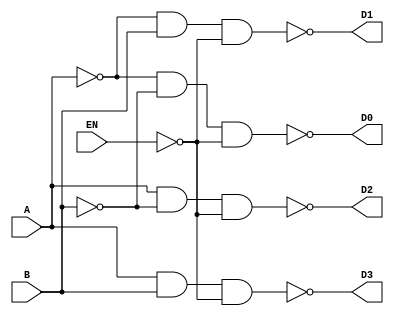
module  Active_Low_2_to_4_converter(A,B,EN,D0,D1,D2,D3); //defines module

	input wire A; //defines an input A
	input wire B; //defines an input B
	input wire EN; //defines an input Enable, "EN"
	
	output wire D0; //defines an output wire D0
	output wire D1; //defines an output wire D1
	output wire D2; //defines an output wire D2
	output wire D3; //defines an output wire D3
	
	assign D0 = ~(~A & ~B & ~EN); //assigns logical expression to D0
	assign D1 = ~(~A & B & ~EN); //assigns logical expression to D1
	assign D2 = ~(A & ~B & ~EN); //assigns logical expression to D2
	assign D3 = ~(A & B & ~EN); //assigns logical expression to D3
	
endmodule //ends module